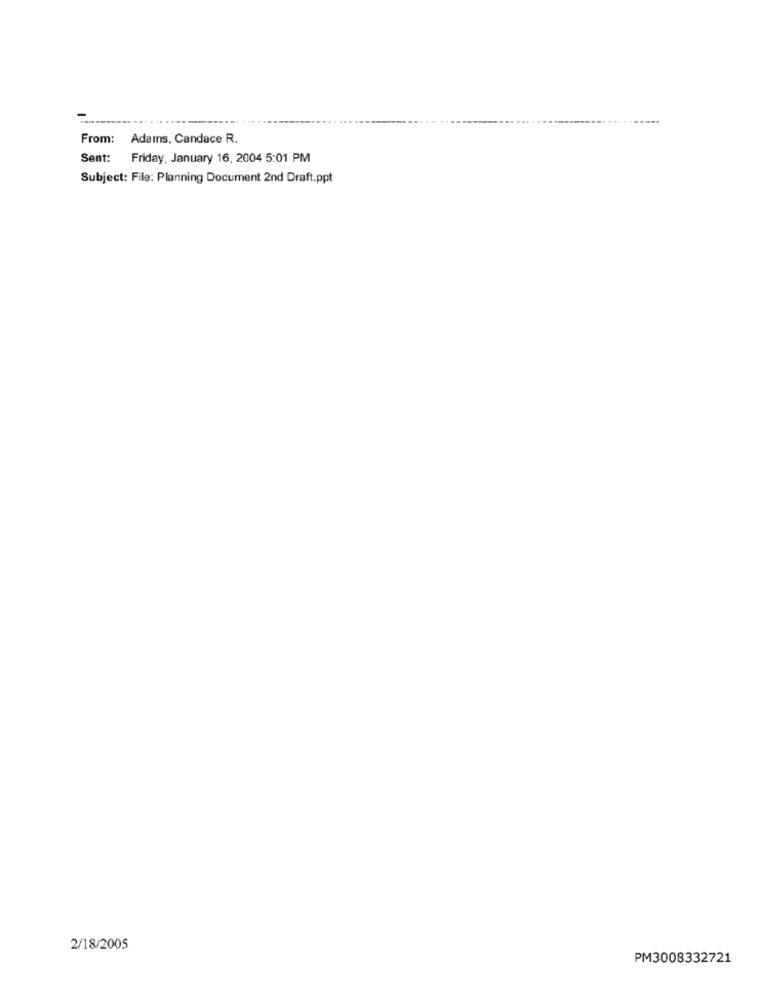
From: Adamns, Candace R.
Sent:
Friday, January 16, 2004 5:01 PM
Subject: File: Planning Document 2nd Draft.ppt
2/18/2005
PM3008332721